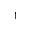
1